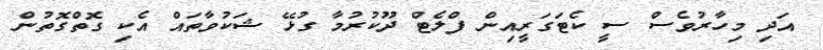
އަދި މިހާރުވެސް ސީ ކެޓަގަރީއިން ފްލެޓް ދޫކުރުމާ ގުޅޭ ޝަކުވާތައް އެކި ގޮތްގޮތުން